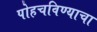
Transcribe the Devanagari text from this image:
पोहचविण्याचा